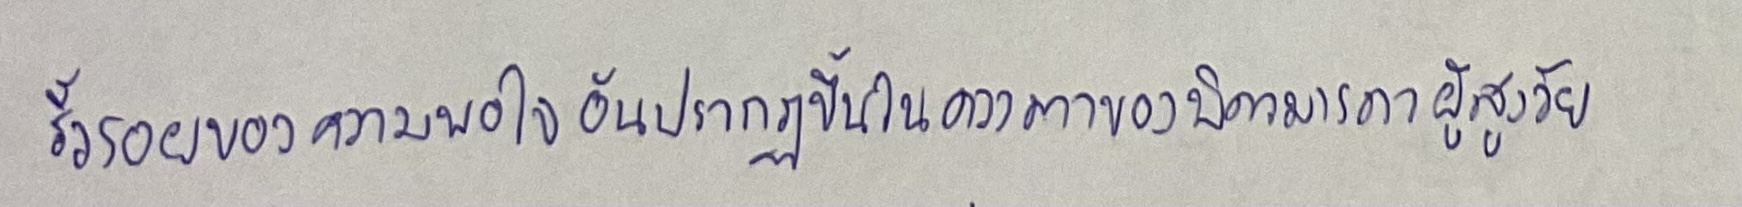
ริ้วรอยของความพอใจอันปรากฏขึ้นในดวงตาของบิดามารดาผู้สูงวัย